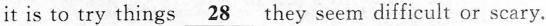
it is to try things \underline{28} they seem difficult or scary.